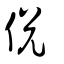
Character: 侻